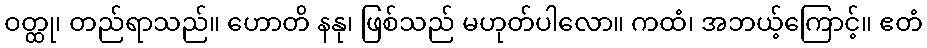
ဝတ္ထု၊ တည်ရာသည်။ ဟောတိ နနု၊ ဖြစ်သည် မဟုတ်ပါလော။ ကထံ၊ အဘယ့်ကြောင့်။ ဧတံ